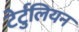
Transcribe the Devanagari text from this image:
टेर्टुलियन